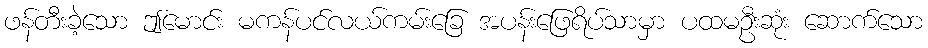
ဖန်တီးခဲ့သော ဤမောင်း မကန်ပင်လယ်ကမ်းခြေ အပန်းဖြေရိပ်သာမှာ ပထမဦးဆုံး ဆောက်သော